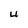
Character: U